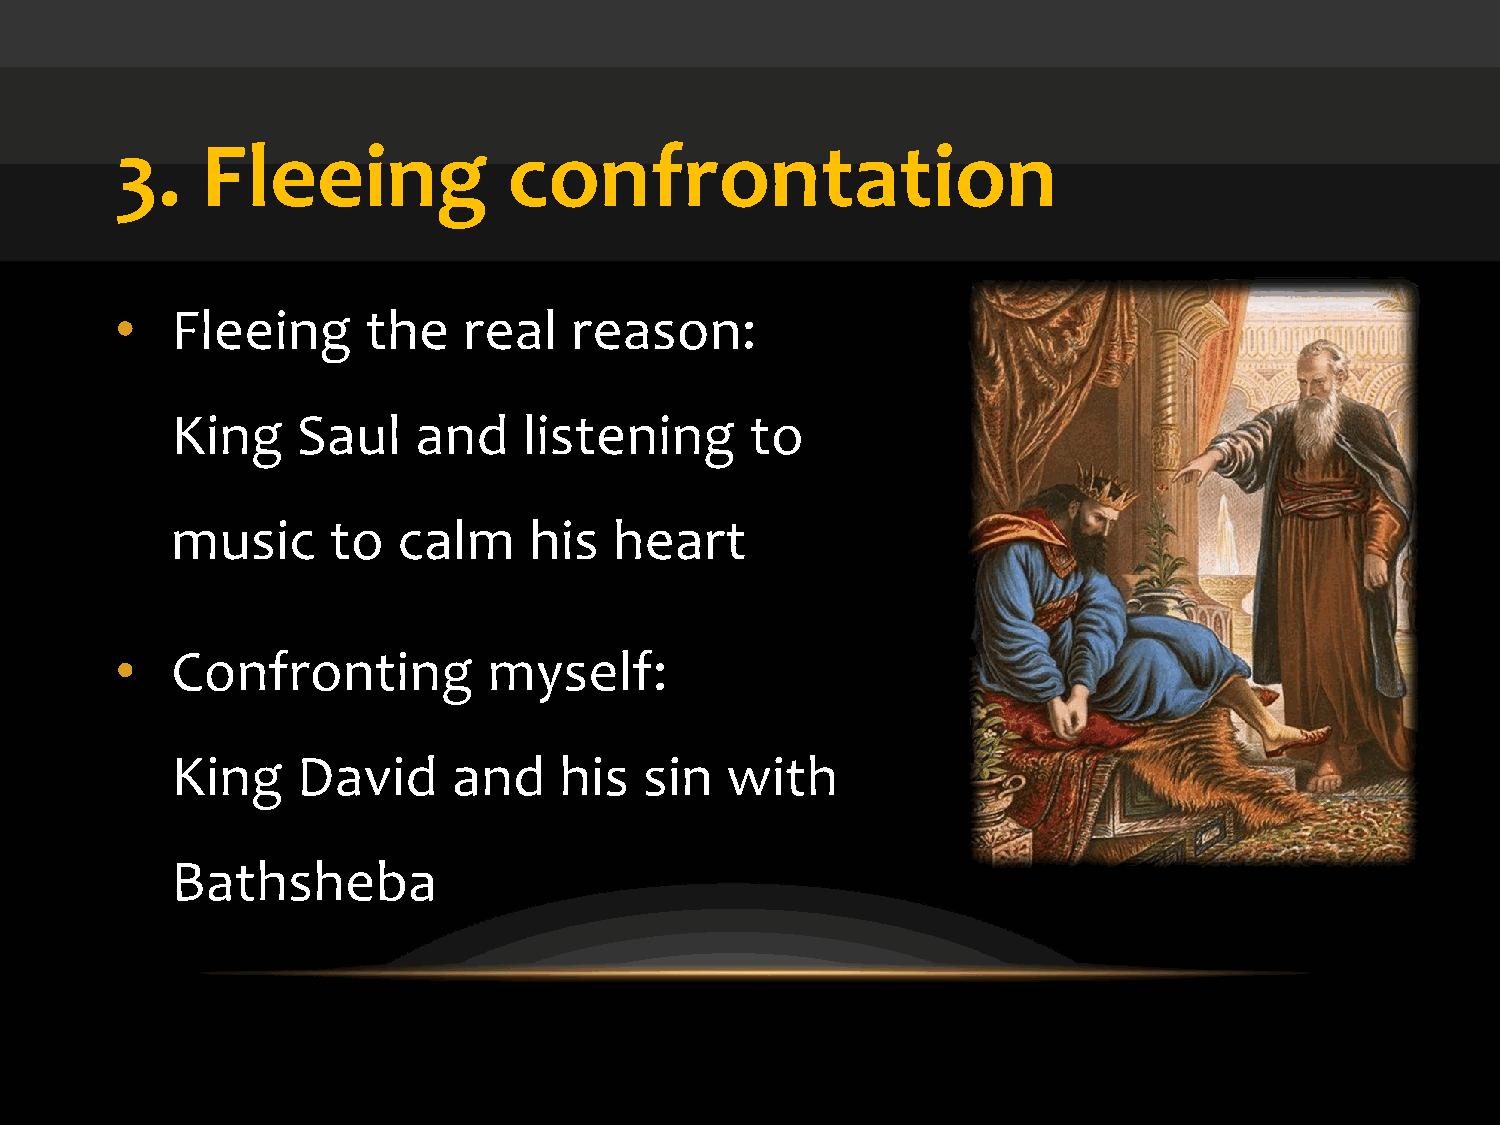
3.   Fleeing              confrontation
 •  Fleeing      the    real   reason:
 King     Saul    and    listening      to
 music      to  calm     his   heart
 •  Confronting          myself:
 King     David     and    his   sin  with
 Bathsheba